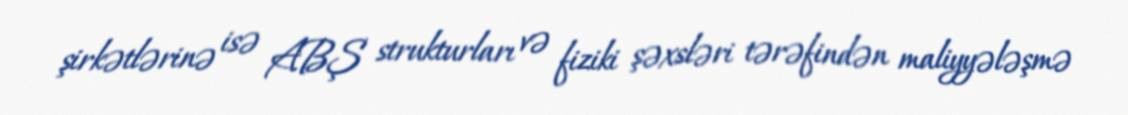
şirkətlərinə isə ABŞ strukturları və fiziki şəxsləri tərəfindən maliyyələşmə